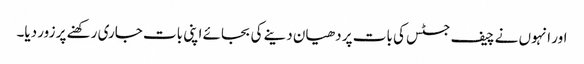
اور انہوں نے چیف جسٹس کی بات پر دھیان دینے کی بجائے اپنی بات جاری رکھنے پر زور دیا۔